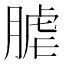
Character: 𦞐